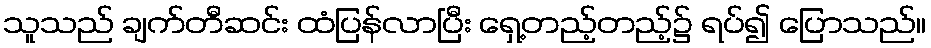
သူသည် ချက်တီဆင်း ထံပြန်လာပြီး ရှေ့တည့်တည့်၌ ရပ်၍ ပြောသည်။